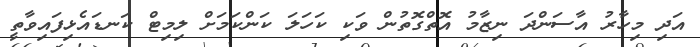
އަދި މިހާރު އާސަންދަ ނިޒާމު އޮތްގޮތުން ވަކި ކަހަލަ ކަންކަމަށް ލިމިޓް ކަނޑައެޅިފައިވާތީ